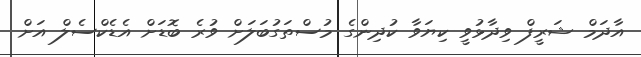
އާދަމް ޝަރީފް ވިދާޅުވީ ކިޔަވާ ކުދިންގެ މުސްތަގުބަލަށް ވުރެ ބޮޑަށް އެޑެކްސެލް އަށް